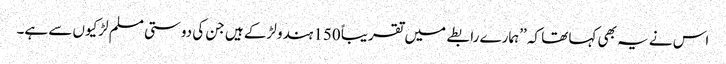
اس نے یہ بھی کہا تھا کہ ’’ہمارے رابطے میں تقریباً 150 ہندو لڑکے ہیں جن کی دوستی مسلم لڑکیوں سے ہے۔